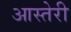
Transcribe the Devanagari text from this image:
आस्तेरी